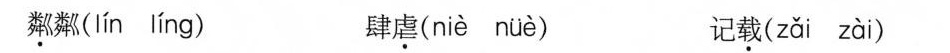
粼粼( lín líng ) 肆虐( niè nüè) 记载( zǎi zài )